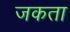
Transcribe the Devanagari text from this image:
जकता